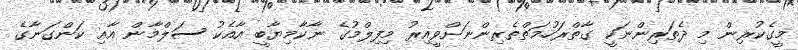
މީގެކުރިން މި ދެތަރިންނަކީ ގާތްރަހުމަތްތެރިންނަށްވީއިރު މިފިލްމުގެ ނާކާމިޔާބީ އާއެކު ސަލްމާން އާއި ކަންގަނާގެ